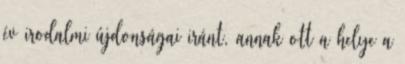
év irodalmi újdonságai iránt, annak ott a helye a